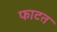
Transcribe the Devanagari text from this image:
फाटत